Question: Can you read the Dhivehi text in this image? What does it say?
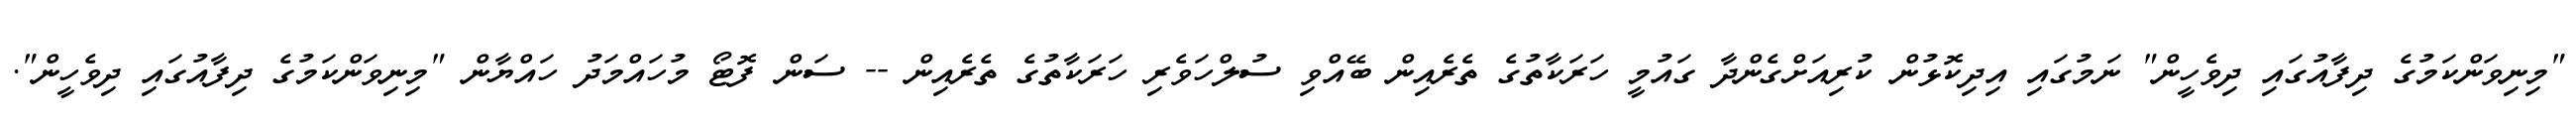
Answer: "މިނިވަންކަމުގެ ދިފާއުގައި ދިވެހީން" ނަމުގައި އިދިކޮޅުން ކުރިއަށްގެންދާ ގައުމީ ހަރަކާތުގެ ތެރެއިން ބޭއްވި ސުލްހަވެރި ހަރަކާތުގެ ތެރެއިން -- ސަން ފޮޓޯ މުހައްމަދު ހައްޔާން "މިނިވަންކަމުގެ ދިފާއުގައި ދިވެހީން".